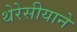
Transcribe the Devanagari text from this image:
थेरेसीयाने